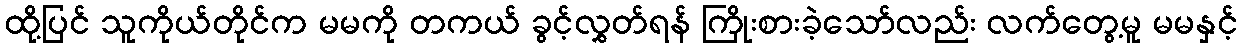
ထို့ပြင် သူကိုယ်တိုင်က မမကို တကယ် ခွင့်လွှတ်ရန် ကြိုးစားခဲ့သော်လည်း လက်တွေ့မူ မမနှင့်